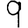
Digit: 9